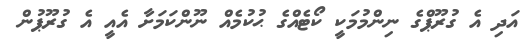
އަދި އެ ގުރޫޕްގެ ނިންމުމަކީ ކޯޓެއްގެ ޙުކުމެއް ނޫންކަމަށާ އެއީ އެ ގުރޫޕުން